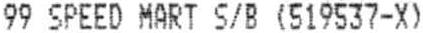
99 SPEED MART S/B (519537-X)